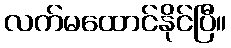
လက်မထောင်နိုင်ပြီ။